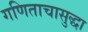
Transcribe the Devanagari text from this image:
गणिताचासुद्धा